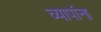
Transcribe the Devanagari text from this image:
व्यापांना